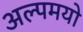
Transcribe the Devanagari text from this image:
अल्पमयो